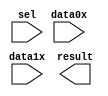
// megafunction wizard: %LPM_MUX%VBB%
// GENERATION: STANDARD
// VERSION: WM1.0
// MODULE: LPM_MUX 

// ============================================================
// Megafunction Name(s):
// 			LPM_MUX
//
// Simulation Library Files(s):
// 			lpm
// ============================================================
// ************************************************************
// THIS IS A WIZARD-GENERATED FILE. DO NOT EDIT THIS FILE!
//
// 17.0.0 Build 595 04/25/2017 SJ Lite Edition
// ************************************************************

//Copyright (C) 2017  Intel Corporation. All rights reserved.
//Your use of Intel Corporation's design tools, logic functions 
//and other software and tools, and its AMPP partner logic 
//functions, and any output files from any of the foregoing 
//(including device programming or simulation files), and any 
//associated documentation or information are expressly subject 
//to the terms and conditions of the Intel Program License 
//Subscription Agreement, the Intel Quartus Prime License Agreement,
//the Intel MegaCore Function License Agreement, or other 
//applicable license agreement, including, without limitation, 
//that your use is for the sole purpose of programming logic 
//devices manufactured by Intel and sold by Intel or its 
//authorized distributors.  Please refer to the applicable 
//agreement for further details.

module MUX_2x5 (
	data0x,
	data1x,
	sel,
	result);

	input	[4:0]  data0x;
	input	[4:0]  data1x;
	input	  sel;
	output	[4:0]  result;

endmodule

// ============================================================
// CNX file retrieval info
// ============================================================
// Retrieval info: PRIVATE: INTENDED_DEVICE_FAMILY STRING "Cyclone V"
// Retrieval info: PRIVATE: SYNTH_WRAPPER_GEN_POSTFIX STRING "0"
// Retrieval info: PRIVATE: new_diagram STRING "1"
// Retrieval info: LIBRARY: lpm lpm.lpm_components.all
// Retrieval info: CONSTANT: LPM_SIZE NUMERIC "2"
// Retrieval info: CONSTANT: LPM_TYPE STRING "LPM_MUX"
// Retrieval info: CONSTANT: LPM_WIDTH NUMERIC "5"
// Retrieval info: CONSTANT: LPM_WIDTHS NUMERIC "1"
// Retrieval info: USED_PORT: data0x 0 0 5 0 INPUT NODEFVAL "data0x[4..0]"
// Retrieval info: USED_PORT: data1x 0 0 5 0 INPUT NODEFVAL "data1x[4..0]"
// Retrieval info: USED_PORT: result 0 0 5 0 OUTPUT NODEFVAL "result[4..0]"
// Retrieval info: USED_PORT: sel 0 0 0 0 INPUT NODEFVAL "sel"
// Retrieval info: CONNECT: @data 0 0 5 0 data0x 0 0 5 0
// Retrieval info: CONNECT: @data 0 0 5 5 data1x 0 0 5 0
// Retrieval info: CONNECT: @sel 0 0 1 0 sel 0 0 0 0
// Retrieval info: CONNECT: result 0 0 5 0 @result 0 0 5 0
// Retrieval info: GEN_FILE: TYPE_NORMAL MUX_2x5.v TRUE
// Retrieval info: GEN_FILE: TYPE_NORMAL MUX_2x5.inc FALSE
// Retrieval info: GEN_FILE: TYPE_NORMAL MUX_2x5.cmp FALSE
// Retrieval info: GEN_FILE: TYPE_NORMAL MUX_2x5.bsf TRUE
// Retrieval info: GEN_FILE: TYPE_NORMAL MUX_2x5_inst.v FALSE
// Retrieval info: GEN_FILE: TYPE_NORMAL MUX_2x5_bb.v TRUE
// Retrieval info: LIB_FILE: lpm